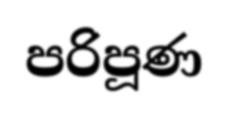
පරිපූණ